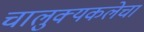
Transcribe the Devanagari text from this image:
चालुक्यकलेचा